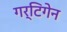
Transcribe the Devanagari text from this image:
गर्टिगेन